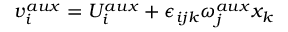
v _ { i } ^ { a u x } = U _ { i } ^ { a u x } + \epsilon _ { i j k } \omega _ { j } ^ { a u x } x _ { k }